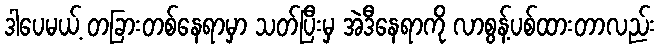
ဒါပေမယ့် တခြားတစ်နေရာမှာ သတ်ပြီးမှ အဲဒီနေရာကို လာစွန့်ပစ်ထားတာလည်း